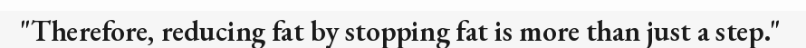
"Therefore, reducing fat by stopping fat is more than just a step."